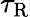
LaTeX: \tau_{\mathrm{R}}